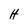
Character: H